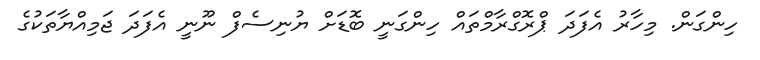
ހިންގަން. މިހާރު އެފަދަ ޕްރޮގްރާމްތައް ހިންގަނީ ބޮޑަށް ޔުނިސެފް ނޫނީ އެފަދަ ޖަމިއްޔާތަކުގެ